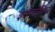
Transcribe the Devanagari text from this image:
इसैलोविच